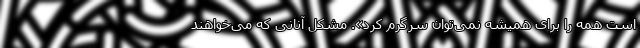
است همه را برای همیشه نمی‌توان سرگرم کرد». مشکل آنانی که می‌خواهند